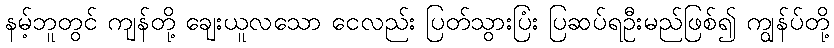
နမ့်ဘူတွင် ကျန်တို့ ချေးယူလသော ငေလည်း ပြတ်သွားပြံး ပြဆပ်ရဦးမည်ဖြစ်၍ ကျွန်ပ်တို့